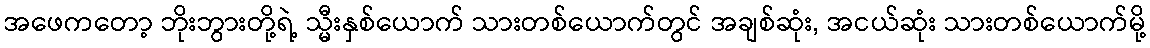
အဖေကတော့ ဘိုးဘွားတို့ရဲ့ သ္မီးနှစ်ယောက် သားတစ်ယောက်တွင် အချစ်ဆုံး, အငယ်ဆုံး သားတစ်ယောက်မို့